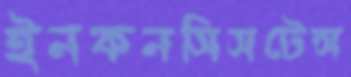
ইনকনসিসটেন্স